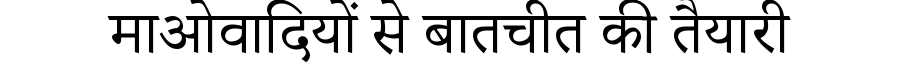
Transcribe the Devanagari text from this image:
माओवादियों से बातचीत की तैयारी